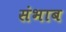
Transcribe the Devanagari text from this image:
संभाब